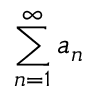
\sum _ { n = 1 } ^ { \infty } a _ { n }